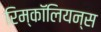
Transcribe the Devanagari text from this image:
रिम्कॉलियन्स